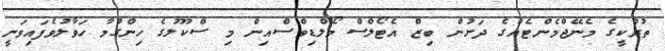
ތުރުކީގެ މެނޭޖްމެންޓެއްގެ ދަށުން ބިޒް އެޓޯލްސް މޯލްޑިވްސްއިން މި ސްކޫލުގެ ހިންގުމާ ހަވާލުވެފައިވަނީ